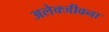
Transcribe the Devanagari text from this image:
अलेक्जीवना